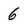
Character: 6